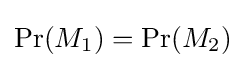
\Pr(M_{1})=\Pr(M_{2})